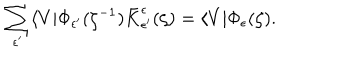
\sum _ { \epsilon ^ { \prime } } \langle V | \Phi _ { \epsilon ^ { \prime } } ( \zeta ^ { - 1 } ) \bar { K } _ { \epsilon ^ { \prime } } ^ { \epsilon } ( \zeta ) = \langle V | \Phi _ { \epsilon } ( \zeta ) .